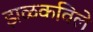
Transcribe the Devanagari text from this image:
झळकविले